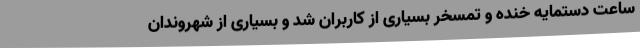
ساعت دستمایه خنده و تمسخر بسیاری از کاربران شد و بسیاری از شهروندان